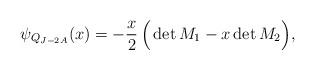
LaTeX: \begin{align*} \psi_{Q_{J-2A}}(x)= -\frac{x}{2}\,\Big(\det M_1-x\det M_2\Big),\end{align*}